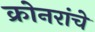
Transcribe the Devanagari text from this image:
क्रोनरांचे